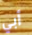
أبي